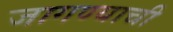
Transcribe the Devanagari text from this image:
जागण्याची